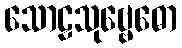
သောဠသုဗ္ဗေဓော